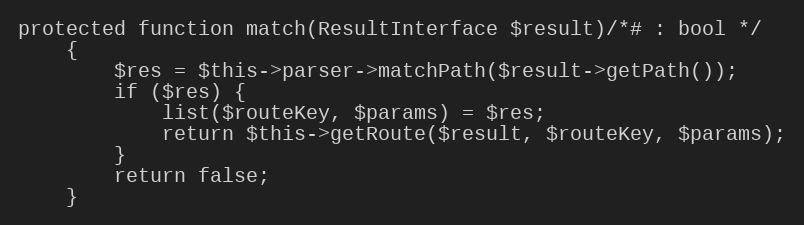
Language: PHP
protected function match(ResultInterface $result)/*# : bool */
    {
        $res = $this->parser->matchPath($result->getPath());
        if ($res) {
            list($routeKey, $params) = $res;
            return $this->getRoute($result, $routeKey, $params);
        }
        return false;
    }